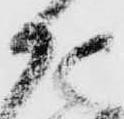
仕